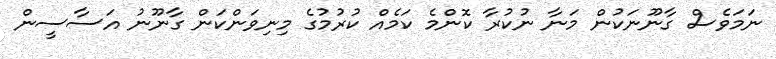
ނަމަވެސް ގާނޫނަކުން މަނާ ނުކުރާ ކޮންމެ ކަމެއް ކުރުމުގެ މިނިވަންކަން ގާނޫނު އަސާސީން